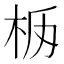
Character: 𣐧